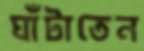
ঘাঁটাতেন